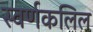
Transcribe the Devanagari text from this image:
स्वर्णकलिल